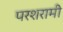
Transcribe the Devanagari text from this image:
परशरामी